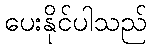
ပေးနိုင်ပါသည်